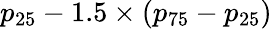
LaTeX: p_{25}-1.5\times(p_{75}-p_{25})